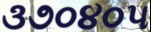
૩૭૦૪૦૫